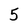
Character: 5